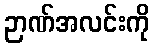
ဉာဏ်အလင်းကို